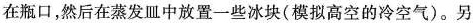
在瓶口，然后在蒸发皿中放置一些冰块(模拟高空的冷空气)。另